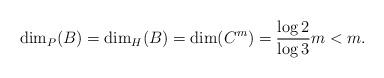
LaTeX: \begin{align*} \dim_P(B)=\dim_H(B)=\dim(C^m)=\frac{\log 2}{\log 3}m<m.\end{align*}